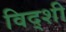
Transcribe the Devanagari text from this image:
विद्शी